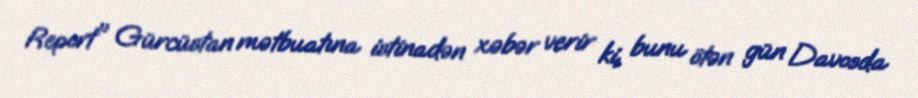
Report" Gürcüstan mətbuatına istinadən xəbər verir ki, bunu ötən gün Davosda